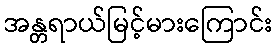
အန္တရာယ်မြင့်မားကြောင်း